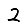
Digit: 2